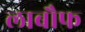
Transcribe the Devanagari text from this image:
लाबौफ